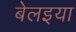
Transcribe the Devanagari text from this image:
बेलइया